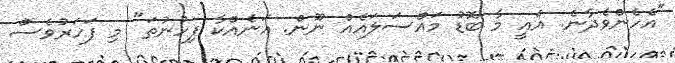
"އެހެންވެދާނެ. އެއީ މާ ބޮޑު މައްސަލައެއް ނޫން. އަނެއްކާ ފިހުނުތަ" މި ފަހަރުވެސް